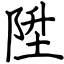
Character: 陞